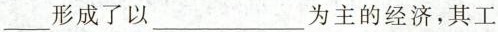
___的形成了以___为主的经济，其工